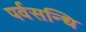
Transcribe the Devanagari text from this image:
पर्वसन्धि